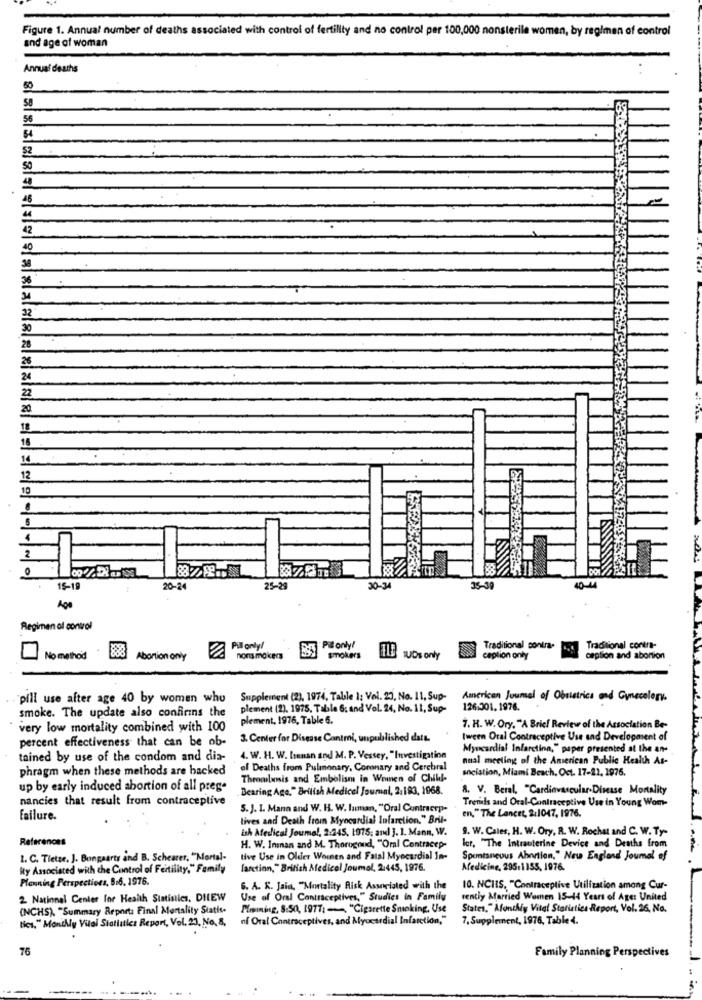
Figure 1. Annual number of deaths associated with control of fertility and no control per 100,000 nonsterile women, by regimen of control
and age of woman
Annual deaths
50
58
56
54
52
50
46
42
40
36
32
30
28
26
24
22
20.
18
18
14
12
10
15-19
20-24
25-29
30-34
35-30
Age
Regimen of convol
Pill only/
Pilonly!
Traditional contra-
Traditional contre-
No method
Abortion only
smokers
THE Nos only
ception only
ception and abortion
pill use after age 40 by women who
Supplement (2), 1974, Table 1: Vol. 23, No. 11, Sup-
American Juumel of Obuistrica and Gynecology.
smoke. The update also confirins the
plement (2). 1975, Table 6: and Vol. 24, No. 11, Sup-
126.301. 1976.
plement, 1976, Table 6.
very low mortality combined with 100
7. H. W. Ory, "A Brief Review of the Association Be-
percent effectiveness that can be ob-
3. Center for Disease Control, unpublished datt.
tween Oral Contraceptive Use and Development of
Myocardial Infarction," paper presented at the an-
tained by use of the condom and dia-
4. W. H. W. [innan and M. P. Vessey, "Investigation
nual meeting of the American Public Health As-
phragm when these methods are backed
of Deaths from Pulmonary, Coronary and Cerebral
anciation, Miami Beach, Oct. 17-21, 1976.
Thrombosis and Embolism in Women of Child-
up by early induced abortion of all prege
Bearing Age." British Medical Journal, 2:193, 1068.
8. V. Beial. "Cardiovascular Disease Mortality
nancies that result from contraceptive
Trends and Oral-Contraceptive Use in Young Wom-
5. J. I. Mann and W. H. W. Inman, "Oral Contracep-
en," The Lancet, 2:1047, 1976.
failure.
lives and Death from Myocardial Infarction," Bril-
Ish Afedical Joume !, 2:245, 1975; and ]. 1. Mann, W.
9. W. Cales, H. W. Ory, R. W. Rochat and C. W. Ty-
References
H. W. Inman and M. Thorogond, "Oral Contracep-
ler, "The Intrauterine Device and Deaths from
1. C. Tietze. J. Bongaarts and B. Schearer, "Mortal-
tive Use in Older Women and Fatal Myocardial In-
Spontaneous Abortion," New England Journal of
My Associated with che Control of Fertility," Family
farction," British Medical Joumol, 2:445, 1976.
Medicine, 295:1155, 1976.
Planning Perspectives, 8.6. 1976.
6. A. K. Jain, "Mortality Risk Associated with the
10. NCIIS, "Contraceptive Utilization among Cur-
2 National Center for Health Statistics, DIEW
Use of Oral Contraceptives," Studies in Family
rentiy Married Women 15-14 Years of Age: United
(NCHS), "Summary Report: Final Mortality Statis.
Pleining, 8:50, 1977: - "Cigarette Smoking, Use
States," Afonthly Vital Statistics Report, Vol. 26, No.
tics," Monthly Vital Statistics Report, Vol. 23, No. 8.
of Oral Contraceptives, and Myocardial Infarction,"
7, Supplement, 1976, Table 4.
76
Family Planning Perspectives